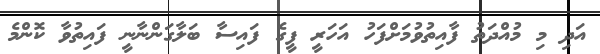
އަދި މި މުއްދަތު ފާއިތުވުމަށްފަހު އަހަރީ ފީގެ ފައިސާ ބަލާގަންނާނީ ފައިތުވާ ކޮންމެ